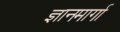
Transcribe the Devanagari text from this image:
ज्ञानमार्गा